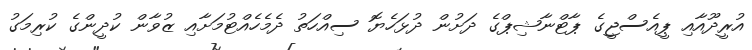
އުރީދޫއާއި ޕީއެސްޖީގެ ޕާޓްނާޝިޕްގެ ދަށުން ދުޅަހެޔޮ ސިއްހަތު ދެމެހެއްޓުމަށާއި ޒުވާން ކުދީންގެ ކުރިމަގު